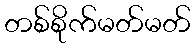
တစ်စိုက်မတ်မတ်